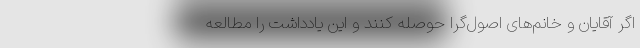
اگر آقایان و خانم‌های اصول‌گرا حوصله کنند و این یادداشت را مطالعه